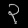
Digit: ၃